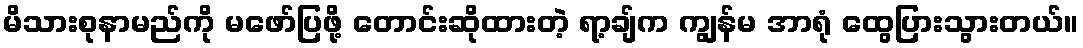
မိသားစုနာမည်ကို မဖော်ပြဖို့ တောင်းဆိုထားတဲ့ ရာ့ချ်က ကျွန်မ အာရုံ ထွေပြားသွားတယ်။